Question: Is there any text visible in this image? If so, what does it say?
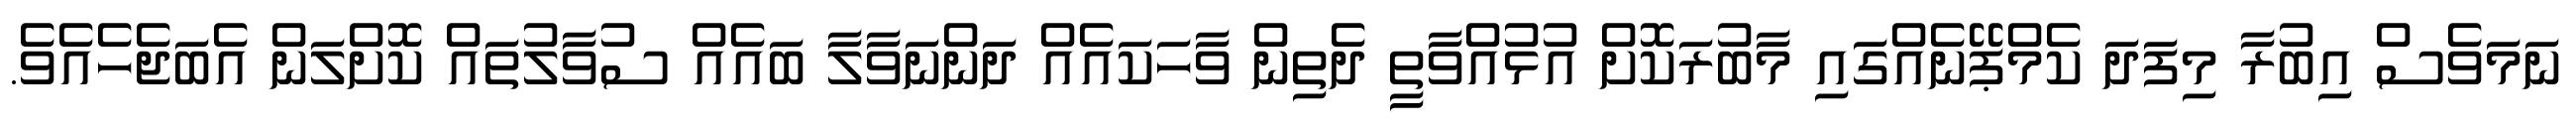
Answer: ނަމަވެސް އިބުރާ މިފަދަ ކެމްޕޭނެއްގައި މާބުރަކޮށް އުޅުއްވާތީ ދެތިން ވާހަކައެއް ދަންނަވާލާ ބައެއް ސުވާލުތައް ކޮށްލަން އެބަޖެހެއެވެ.